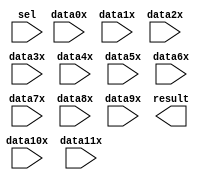
module AWM_A_Bus_Write_Mux (
	data0x,
	data10x,
	data11x,
	data1x,
	data2x,
	data3x,
	data4x,
	data5x,
	data6x,
	data7x,
	data8x,
	data9x,
	sel,
	result);

	input	[7:0]  data0x;
	input	[7:0]  data10x;
	input	[7:0]  data11x;
	input	[7:0]  data1x;
	input	[7:0]  data2x;
	input	[7:0]  data3x;
	input	[7:0]  data4x;
	input	[7:0]  data5x;
	input	[7:0]  data6x;
	input	[7:0]  data7x;
	input	[7:0]  data8x;
	input	[7:0]  data9x;
	input	[3:0]  sel;
	output	[7:0]  result;

endmodule